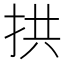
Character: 拱